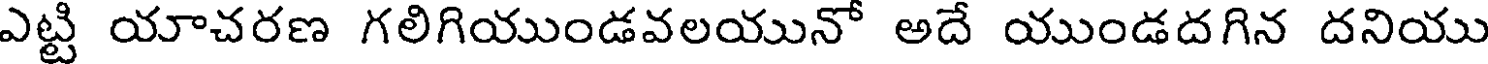
ఎట్టి యాచరణ గలిగియుండవలయునో అదే యుండదగిన దనియు